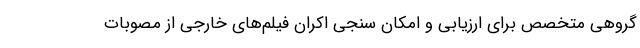
گروهی متخصص برای ارزیابی و امکان سنجی اکران فیلم‌های خارجی از مصوبات